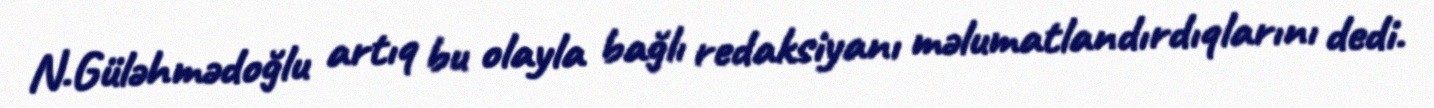
N.Güləhmədoğlu artıq bu olayla bağlı redaksiyanı məlumatlandırdıqlarını dedi.